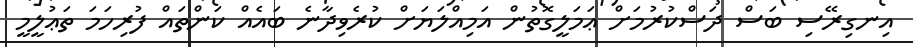
އިނގިރޭސި ބަސް ދަސްކުރުމަށް ޢަމަލީގޮތުން އަމިއްލަޔަށް ކުރެވިދާނެ ބައެއް ކަންތައް ފުރިހަމަ ތަޢުލީމީ